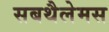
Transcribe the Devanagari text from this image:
सबथैलेमस